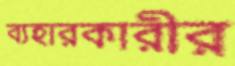
ব্যহারকারীর